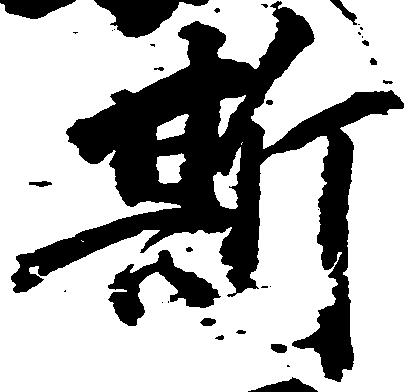
斯